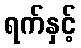
ရက်နှင့်